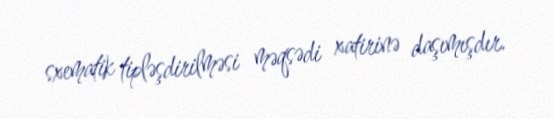
sxematik tipləşdirilməsi məqsədi xatirinə daşımışdır.